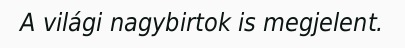
A világi nagybirtok is megjelent.